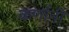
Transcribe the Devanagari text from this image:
कर्णानी